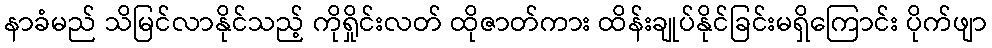
နာခံမည် သိမြင်လာနိုင်သည့် ကိုရှိုင်းလတ် ထိုဇာတ်ကား ထိန်းချုပ်နိုင်ခြင်းမရှိကြောင်း ပိုက်ဖျာ